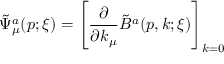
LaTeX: \tilde { \Psi } _ { \mu } ^ { a } ( p ; \xi ) = \left[ { \frac { \partial } { \partial k _ { \mu } } } \tilde { B } ^ { a } ( p , k ; \xi ) \right] _ { k = 0 }